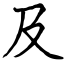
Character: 及